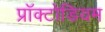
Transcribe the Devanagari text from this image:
प्रॉक्टोडियम